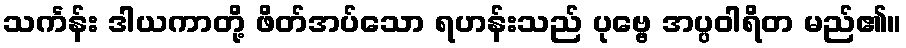
သင်္ကန်း ဒါယကာတို့ ဖိတ်အပ်သော ရဟန်းသည် ပုဗ္ဗေ အပ္ပဝါရိတ မည်၏။